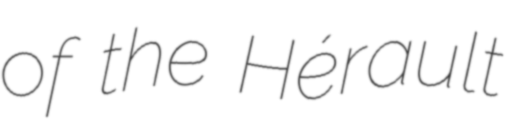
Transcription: of the Hérault